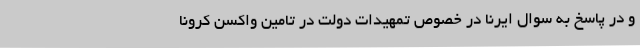
و در پاسخ به سوال ایرنا در خصوص تمهیدات دولت در تامین واکسن کرونا